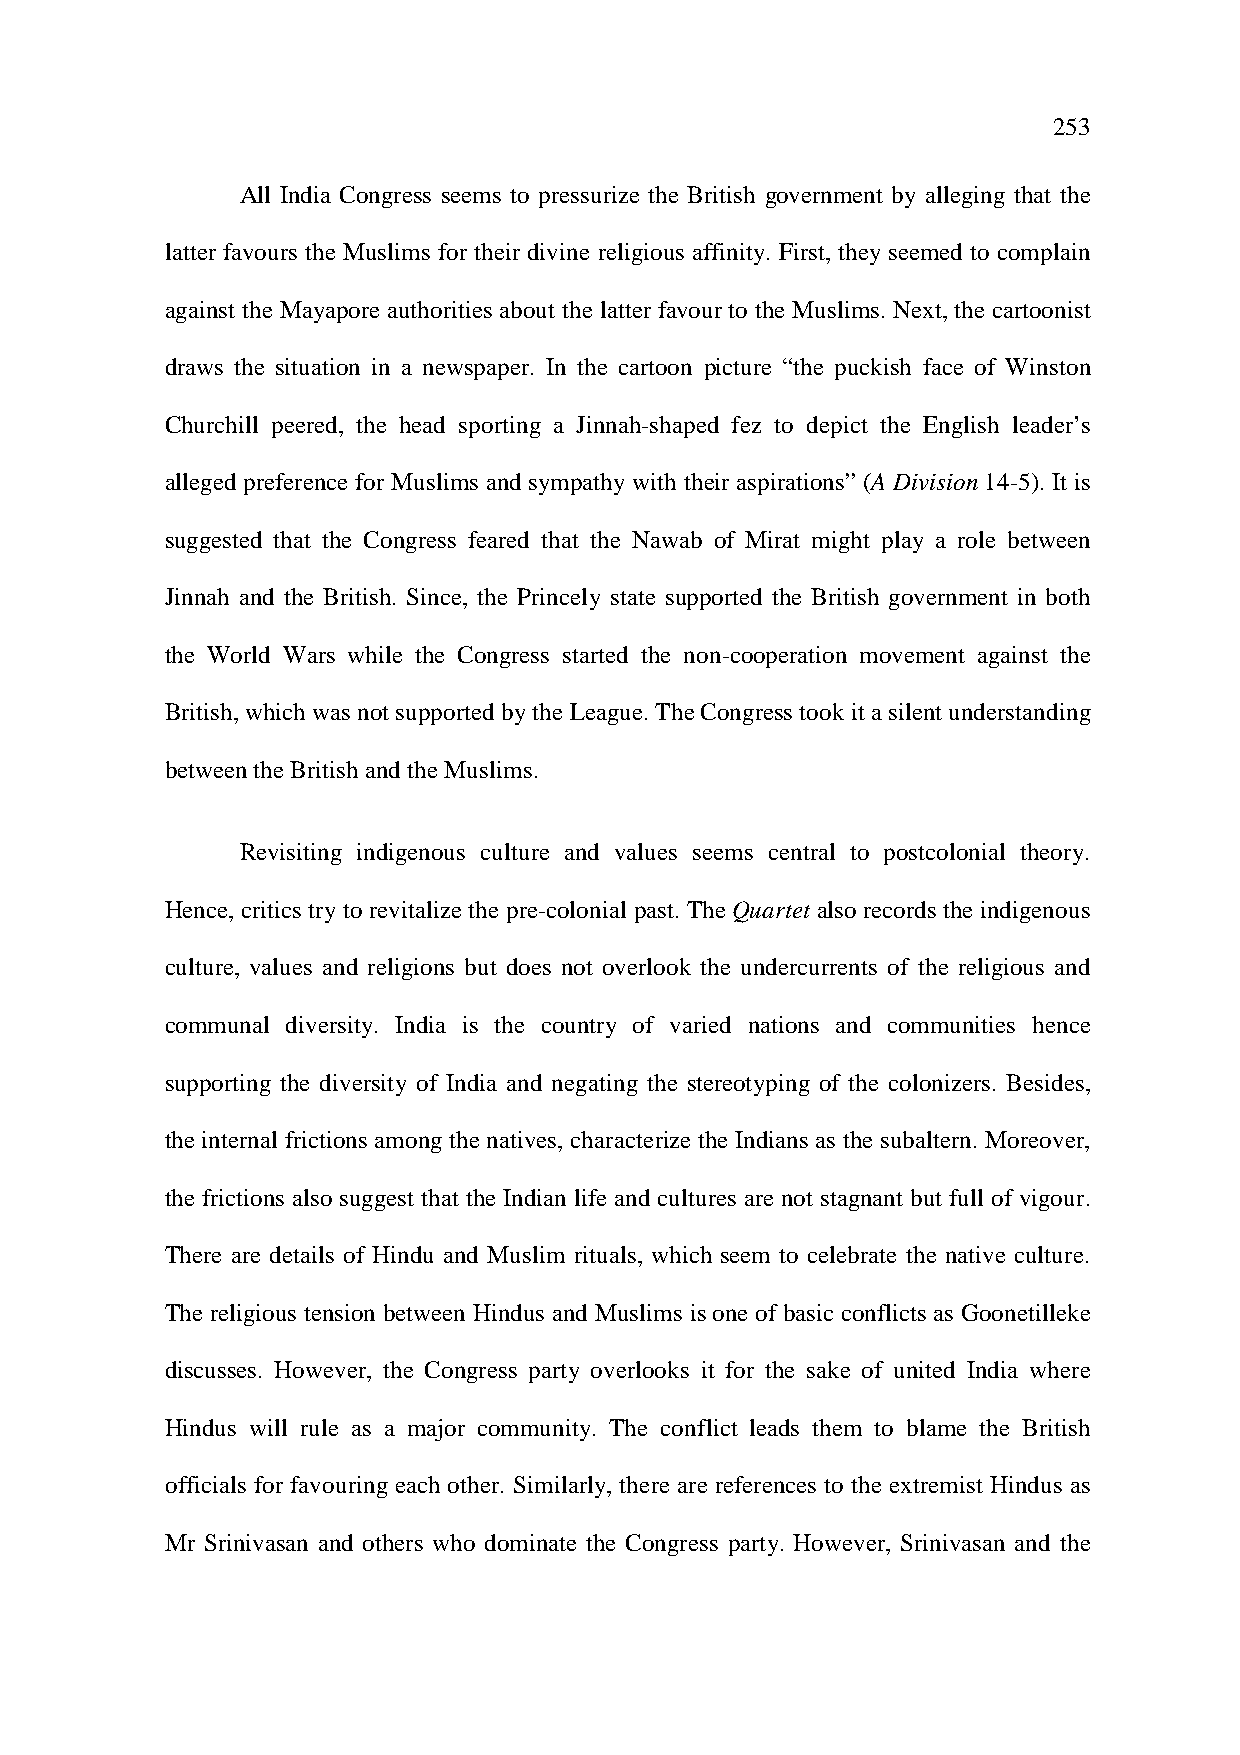
253
 All India Congress seems to pressurize the British government by alleging that the
 latter favours the Muslims for their divine religious affinity. First, they seemed to complain
 against the Mayapore authorities about the latter favour to the Muslims. Next, the cartoonist
 draws the situation in a newspaper. In the cartoon picture “the puckish face of Winston
 Churchill peered, the head sporting a Jinnah-shaped fez to depict the English leader’s
 alleged preference for Muslims and sympathy with their aspirations” (A Division 14-5). It is
 suggested that the Congress feared that the Nawab of Mirat might play a role between
 Jinnah and the British. Since, the Princely state supported the British government in both
 the World Wars while the Congress started the non-cooperation movement against the
 British, which was not supported by the League. The Congress took it a silent understanding
 between the British and the Muslims.
 Revisiting indigenous culture and values seems central to postcolonial theory.
 Hence, critics try to revitalize the pre-colonial past. The Quartet also records the indigenous
 culture, values and religions but does not overlook the undercurrents of the religious and
 communal diversity. India is the country of varied nations and communities hence
 supporting the diversity of India and negating the stereotyping of the colonizers. Besides,
 the internal frictions among the natives, characterize the Indians as the subaltern. Moreover,
 the frictions also suggest that the Indian life and cultures are not stagnant but full of vigour.
 There are details of Hindu and Muslim rituals, which seem to celebrate the native culture.
 The religious tension between Hindus and Muslims is one of basic conflicts as Goonetilleke
 discusses. However, the Congress party overlooks it for the sake of united India where
 Hindus will rule as a major community. The conflict leads them to blame the British
 officials for favouring each other. Similarly, there are references to the extremist Hindus as
 Mr Srinivasan and others who dominate the Congress party. However, Srinivasan and the